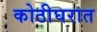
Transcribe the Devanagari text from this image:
कोठीघरात